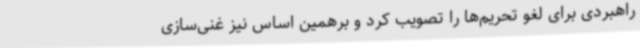
راهبردی برای لغو تحریم‌ها را تصویب کرد و برهمین اساس نیز غنی‌سازی